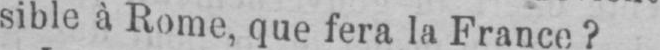
sible à Rome, que fera la France?